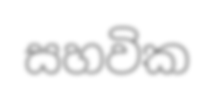
සහවික